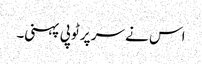
اس نے سر پر ٹوپی پہنی۔